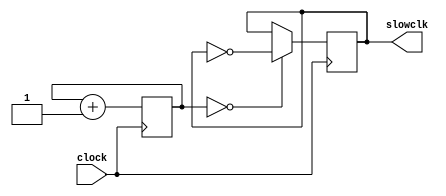
`timescale 1ns / 1ps
//////////////////////////////////////////////////////////////////////////////////
// Company: 
// Engineer: 
// 
// Design Name: 
// Module Name: btn_clk_divider
// Project Name: 
// Target Devices: 
// Tool Versions: 
// Description: 
// 
// Dependencies: 
// 
// Revision:
// Revision 0.01 - File Created
// Additional Comments:
// 
//////////////////////////////////////////////////////////////////////////////////


module btn_clk_divider(
    input clock,
    output reg slowclk = 0
    );

    //12.5 MHz
    //reg [1:0] count = 0;
    //90 Hz
    reg [18:0] count = 0;
    
    always @ (posedge clock) begin
        count <= count + 1;
        slowclk <= (count == 0) ? ~slowclk : slowclk;
    end
endmodule